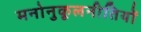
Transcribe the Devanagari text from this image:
मनोनुकूलनीतियों